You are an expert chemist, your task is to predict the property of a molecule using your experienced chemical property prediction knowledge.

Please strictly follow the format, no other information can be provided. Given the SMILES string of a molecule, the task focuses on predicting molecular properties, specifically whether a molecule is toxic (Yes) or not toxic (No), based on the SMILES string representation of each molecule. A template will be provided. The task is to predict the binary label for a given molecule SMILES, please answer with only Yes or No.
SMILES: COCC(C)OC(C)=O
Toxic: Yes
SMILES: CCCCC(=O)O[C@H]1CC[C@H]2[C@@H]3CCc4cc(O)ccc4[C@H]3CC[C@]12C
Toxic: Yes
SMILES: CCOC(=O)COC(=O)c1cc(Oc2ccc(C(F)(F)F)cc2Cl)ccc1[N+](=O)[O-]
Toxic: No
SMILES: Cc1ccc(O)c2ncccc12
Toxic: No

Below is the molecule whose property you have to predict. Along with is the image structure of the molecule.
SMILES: O=C(Oc1ccccc1)c1ccccc1O
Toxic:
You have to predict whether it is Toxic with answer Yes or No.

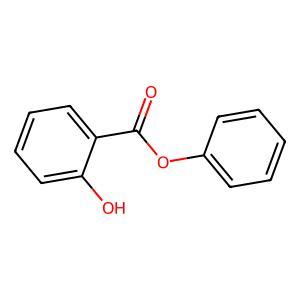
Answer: Yes